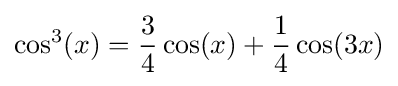
\cos ^{3}(x)={\frac {3}{4}}\cos(x)+{\frac {1}{4}}\cos(3x)